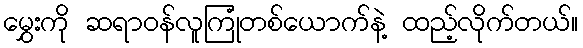
မွှေးကို ဆရာဝန်လူကြုံတစ်ယောက်နဲ့ ထည့်လိုက်တယ်။